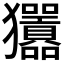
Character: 𤣣